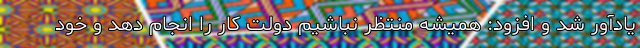
یادآور شد و افزود: همیشه منتظر نباشیم دولت کار را انجام دهد و خود